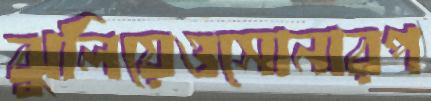
ঝুলিয়েওসোনারপ